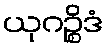
ယုဂဉ္စိဒံ